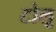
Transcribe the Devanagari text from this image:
टोलू